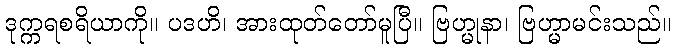
ဒုက္ကရစရိယာကို။ ပဒဟိ၊ အားထုတ်တော်မူပြီ။ ဗြဟ္မုနာ၊ ဗြဟ္မာမင်းသည်။